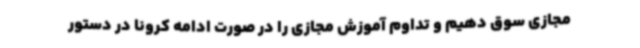
مجازی سوق دهیم و تداوم آموزش مجازی را در صورت ادامه کرونا در دستور